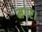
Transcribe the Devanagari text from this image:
मगर।